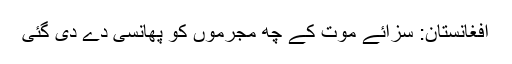
افغانستان: سزائے موت کے چھ مجرموں کو پھانسی دے دی گئی